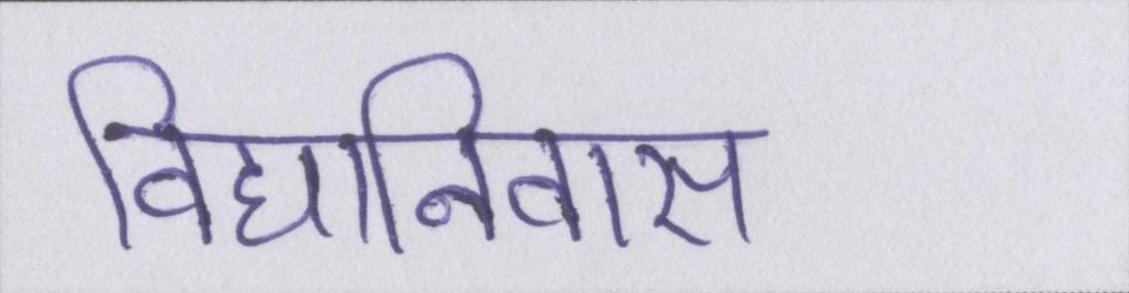
विद्यानिवास